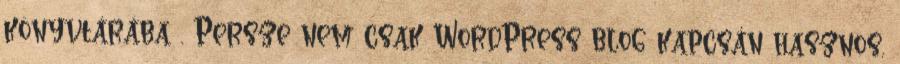
könyvtárába . Persze nem csak WordPress blog kapcsán hasznos,